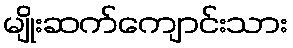
မျိုးဆက်ကျောင်းသား